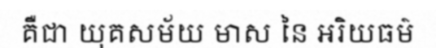
គឺជា យុគសម័យ មាស នៃ អរិយធម៌